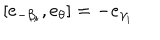
LaTeX: [ e _ { - \beta _ { i } } , e _ { \theta } ] = - e _ { \gamma _ { i } }